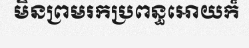
មិនព្រមរកប្រពន្ធអោយក៏